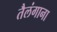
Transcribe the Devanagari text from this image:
तैलंगाना